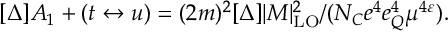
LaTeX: [ \Delta ] A _ { 1 } + ( t \leftrightarrow u ) = ( 2 m ) ^ { 2 } [ \Delta ] | M | _ { \mathrm { L O } } ^ { 2 } / ( N _ { C } e ^ { 4 } e _ { Q } ^ { 4 } \mu ^ { 4 \varepsilon } ) .